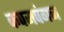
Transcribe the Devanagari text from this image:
कपमपंगन